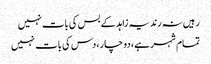
رہیں نہ رند یہ زاہد کے بس کی بات نہیں
تمام شہر ہے، دو چار، دس کی بات نہیں